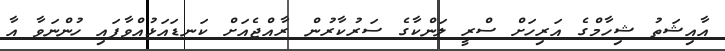
އާއިޝަތު ޝިހާމްގެ އަރިހަށް ސްރީ ލަންކާގެ ސަރުކާރުން ރާއްޖެއަށް ކަނޑައަޅުއްވާފައި ހުންނަވާ އާ